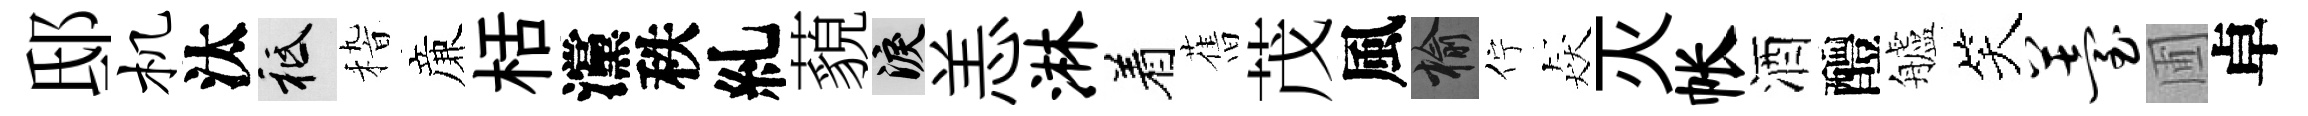
邸机汰祇𥟵亷栝灙秩糺藐泪恙淋着𦾔茂風榆佇猋灭帐酒醴艫笑薹圃卓